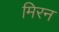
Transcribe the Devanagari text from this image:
मिरन